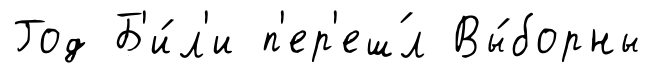
Год Б'и́л'и п'ер'еш́л Вы́борны